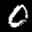
Label: 0